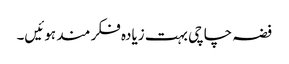
فضہ چاچی بہت زیادہ فکر مند ہوئیں۔